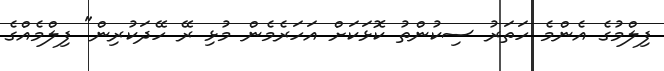
ފިލްމުގެ އެންމެ ހަތަރު ސިކުންތު ކޮޅަކަށް އަހަރެމެން މުޅި ރޭ ހޭދަކުރިން" ފިލްމެއްގެ